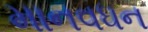
માનવધન